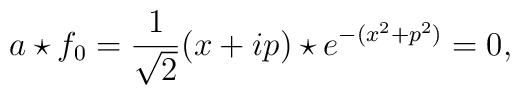
a \star f_0= \frac{1}{\sqrt{2}} (x+ip) \star e^{-(x^2+p^2)}=0,